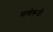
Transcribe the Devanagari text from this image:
माणोकजी